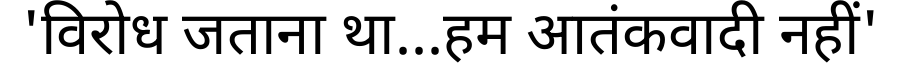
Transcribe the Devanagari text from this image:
'विरोध जताना था...हम आतंकवादी नहीं'